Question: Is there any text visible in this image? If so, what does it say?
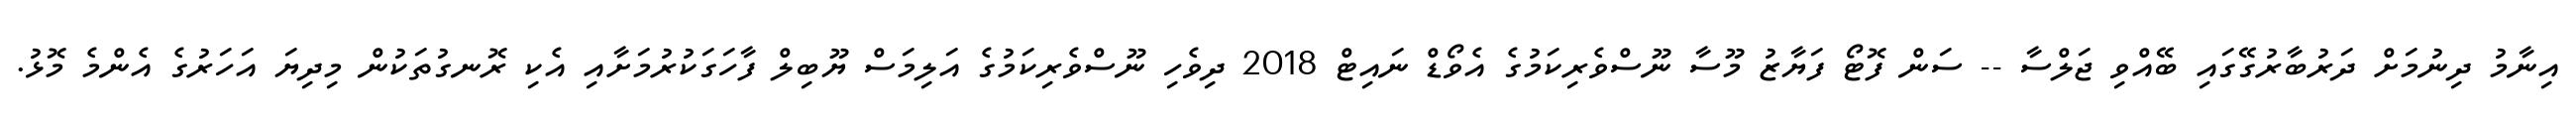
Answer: އިނާމު ދިނުމަށް ދަރުބާރުގޭގައި ބޭއްވި ޖަލްސާ -- ސަން ފޮޓޯ ފަޔާޒު މޫސާ ނޫސްވެރިކަމުގެ އެވޯޑް ނައިޓް 2018 ދިވެހި ނޫސްވެރިކަމުގެ އަލިމަސް ޔޫބިލް ފާހަގަކުރުމަށާއި އެކި ރޮނގުތަކުން މިދިޔަ އަހަރުގެ އެންމެ މޮޅު.